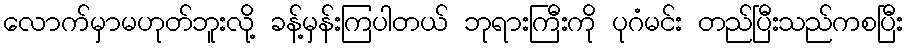
လောက်မှာမဟုတ်ဘူးလို့ ခန့်မှန်းကြပါတယ် ဘုရားကြီးကို ပုဂံမင်း တည်ပြီးသည်ကစပြီး